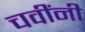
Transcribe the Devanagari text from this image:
चवींनी